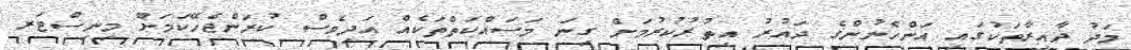
މަދު ދާއިރާތަކުގައި އަންހެނުންގެ ދައުރު އިތުރުކުރުމަށް ގިނަ މަސައްކަތްތަކެއް އަދިވެސް ކުރަންޖެހޭކަމަށް މިނިސްޓަރ